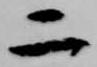
二